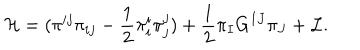
LaTeX: { \cal { H } } = ( \pi ^ { i j } \pi _ { i j } - \frac { 1 } { 2 } \pi _ { i } ^ { i } \pi _ { j } ^ { j } ) + \frac { 1 } { 2 } \pi _ { I } G ^ { I J } \pi _ { J } + { \cal { L } } .